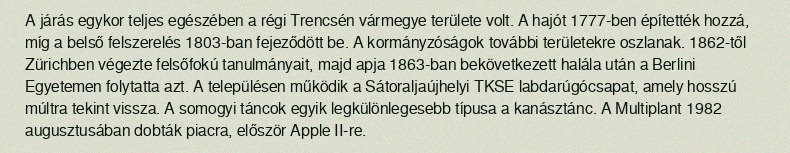
A járás egykor teljes egészében a régi Trencsén vármegye területe volt. A hajót 1777-ben építették hozzá, míg a belső felszerelés 1803-ban fejeződött be. A kormányzóságok további területekre oszlanak. 1862-től Zürichben végezte felsőfokú tanulmányait, majd apja 1863-ban bekövetkezett halála után a Berlini Egyetemen folytatta azt. A településen működik a Sátoraljaújhelyi TKSE labdarúgócsapat, amely hosszú múltra tekint vissza. A somogyi táncok egyik legkülönlegesebb típusa a kanásztánc. A Multiplant 1982 augusztusában dobták piacra, először Apple II-re.